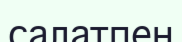
салатпен